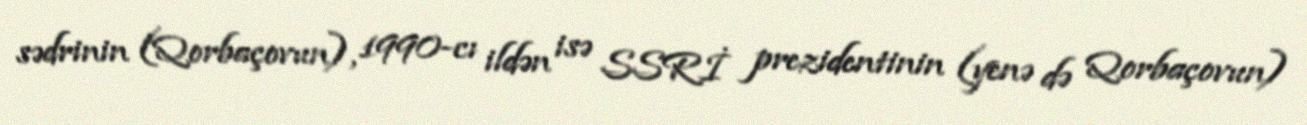
sədrinin (Qorbaçovun), 1990-cı ildən isə SSRİ prezidentinin (yenə də Qorbaçovun)